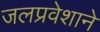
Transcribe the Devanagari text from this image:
जलप्रवेशाने